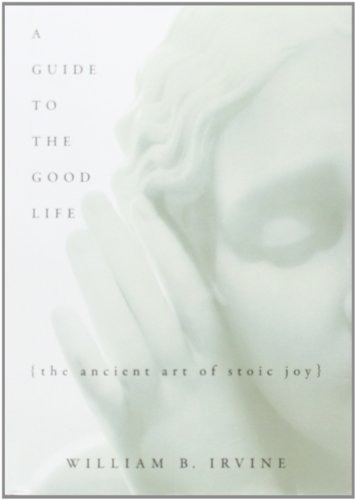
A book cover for A Guide to the Good Life: The Ancient Art of Stoic Joy; William B. Irvine; Politics & Social Sciences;